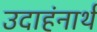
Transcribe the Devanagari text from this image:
उदाहंनार्थ